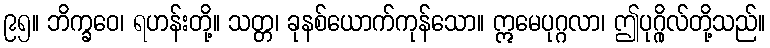
၉၅။ ဘိက္ခဝေ၊ ရဟန်းတို့။ သတ္တ၊ ခုနစ်ယောက်ကုန်သော။ ဣမေပုဂ္ဂလာ၊ ဤပုဂ္ဂိုလ်တို့သည်။